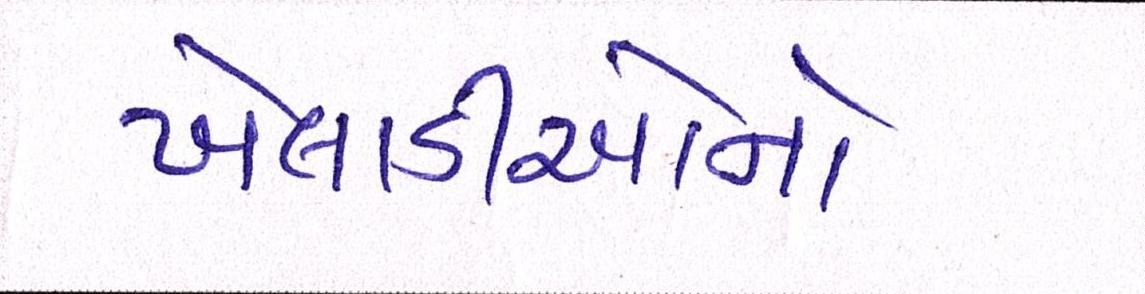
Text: ખેલાડીઓનો